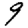
Digit: 9